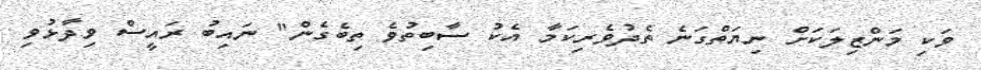
ވަކި މަންޒިލަކަށް ނިޔަތްގަނެ ތެދުވެރިކަމާ އެކު ސާބިތުވެ ތިބެގެން" ނައިބު ރައީސް ވިދާޅުވި